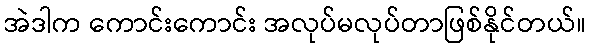
အဲဒါက ကောင်းကောင်း အလုပ်မလုပ်တာဖြစ်နိုင်တယ်။